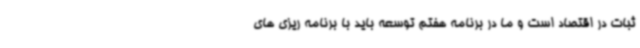
ثبات در اقتصاد است و ما در برنامه هفتم توسعه باید با برنامه ریزی های